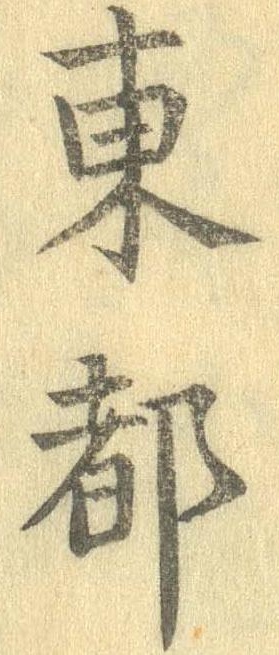
東都